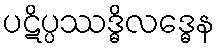
ပဋိပ္ပဿဒ္ဓိလဒ္ဓေန